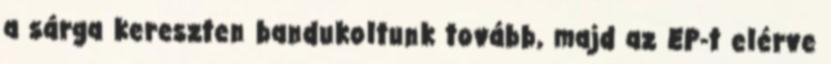
a sárga kereszten bandukoltunk tovább, majd az EP-t elérve